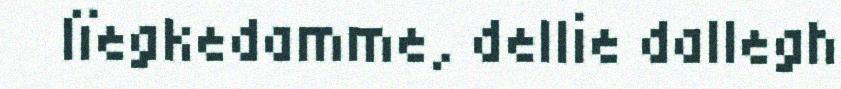
lïegkedamme, dellie dallegh